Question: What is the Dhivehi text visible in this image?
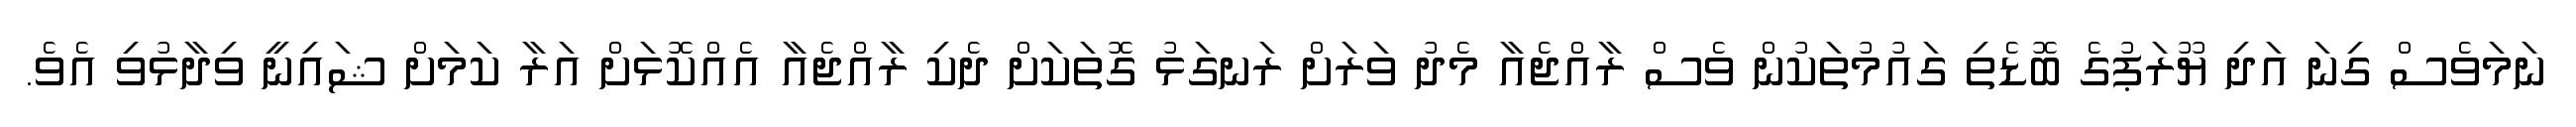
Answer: ނަމަވެސް ގިނަ އަދި ޔޫރަޕުގެ ބޮޑެތި ގައުމުތަކުން ވެސް ރާއްޖެއާ މެދު ވަރަށް ރަނގަޅު ގޮތަކަށް ދެކި ރާއްޖެއާ އެއްކޮޅަށް އަރާ ކަމަށް ޝައިނީ ވިދާޅުވި އެވެ.